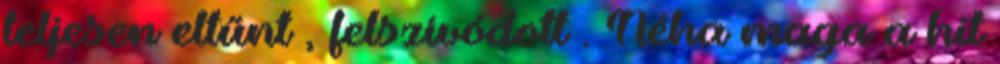
teljesen eltűnt , felszívódott . Néha maga a hit